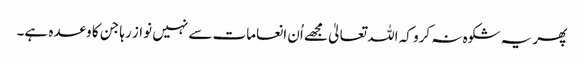
پھر یہ شکوہ نہ کرو کہ اللہ تعالیٰ مجھے اُن انعامات سے نہیں نواز رہا جن کا وعدہ ہے۔